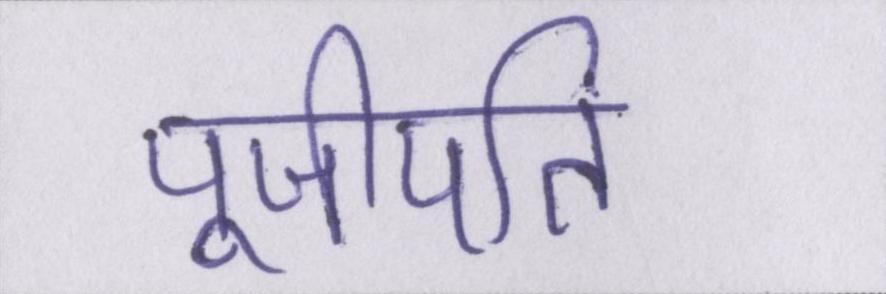
पूजीपति